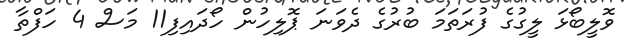
ވޮލީބޯޅަ ލީގުގެ ފުރަތަމަ ބުރުގެ ދެވަނަ ޕޮލިހުން ހޯދައިފި11 މަސް 4 ހަފްތާ